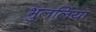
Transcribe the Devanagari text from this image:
भुललिया